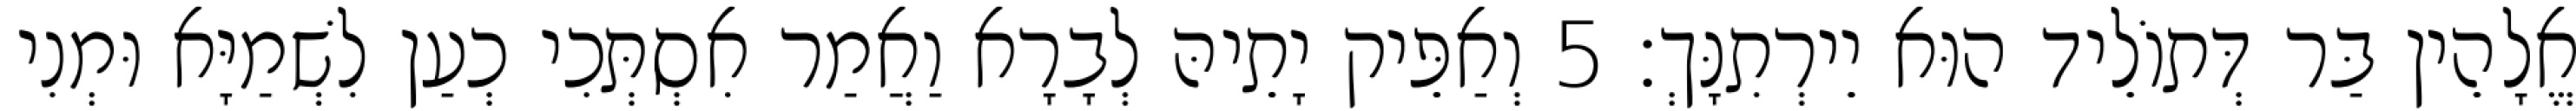
אֱלָהֵין בַּר דְּתוֹלֵיד הוּא יֵירְתִנָּךְ׃ 5 וְאַפֵּיק יָתֵיהּ לְבָרָא וַאֲמַר אִסְתְּכִי כְעַן לִשְׁמַיָּא וּמְנִי